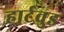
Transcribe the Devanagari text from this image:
हार्टवुड